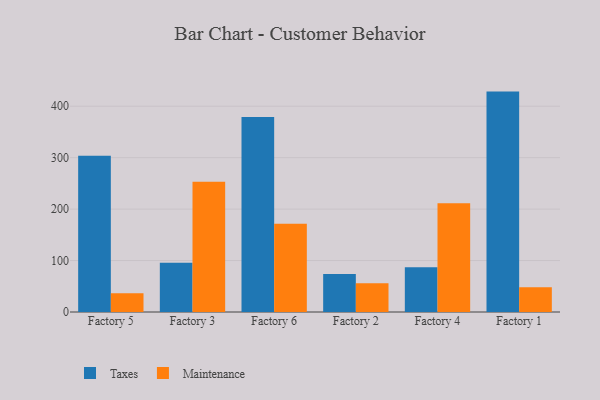
{"axis": {"x": "Factory", "y": "Production Output"}, "legend": ["Maintenance", "Taxes"], "data": [{"x": "Factory 5", "y": 303.7, "type": "Taxes"}, {"x": "Factory 5", "y": 36.5, "type": "Maintenance"}, {"x": "Factory 3", "y": 95.6, "type": "Taxes"}, {"x": "Factory 3", "y": 253.2, "type": "Maintenance"}, {"x": "Factory 6", "y": 378.8, "type": "Taxes"}, {"x": "Factory 6", "y": 171.3, "type": "Maintenance"}, {"x": "Factory 2", "y": 73.7, "type": "Taxes"}, {"x": "Factory 2", "y": 55.7, "type": "Maintenance"}, {"x": "Factory 4", "y": 87.1, "type": "Taxes"}, {"x": "Factory 4", "y": 211.4, "type": "Maintenance"}, {"x": "Factory 1", "y": 428.4, "type": "Taxes"}, {"x": "Factory 1", "y": 48.2, "type": "Maintenance"}]}